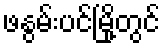
ဖနွမ်းပင်မြို့တွင်